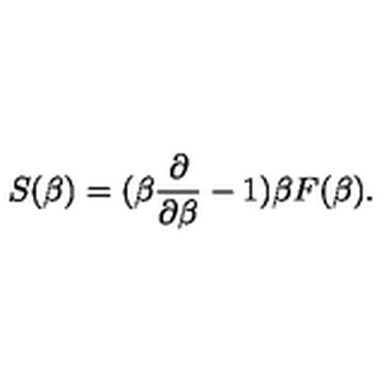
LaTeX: S ( \beta ) = ( \beta { \frac { \partial } { \partial \beta } } - 1 ) \beta F ( \beta ) .